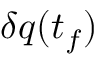
\delta q ( t _ { f } )